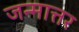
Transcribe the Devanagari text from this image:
जन्मात्तर